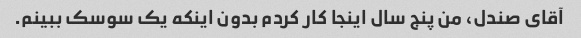
آقای صندل، من پنج سال اینجا کار کردم بدون اینکه یک سوسک ببینم.